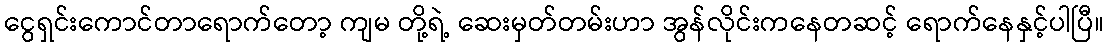
ငွေရှင်းကောင်တာရောက်တော့ ကျမ တို့ရဲ့ ဆေးမှတ်တမ်းဟာ အွန်လိုင်းကနေတဆင့် ရောက်နေနှင့်ပါပြီ။